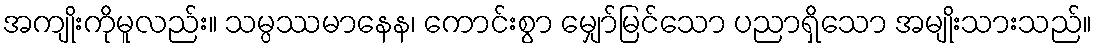
အကျိုးကိုမူလည်း။ သမ္ပဿမာနေန၊ ကောင်းစွာ မျှော်မြင်သော ပညာရှိသော အမျိုးသားသည်။